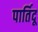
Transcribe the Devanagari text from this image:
पार्तिदू